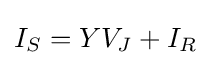
I_{S}=YV_{J}+I_{R}